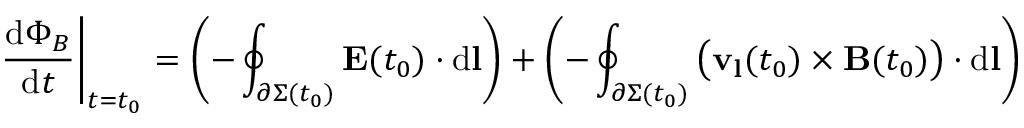
\left. { \frac { \mathrm { d } \Phi _ { B } } { \mathrm { d } t } } \right| _ { t = t _ { 0 } } = \left( - \oint _ { \partial \Sigma ( t _ { 0 } ) } \mathbf { E } ( t _ { 0 } ) \cdot \mathrm { d } \mathbf { l } \right) + \left( - \oint _ { \partial \Sigma ( t _ { 0 } ) } { \bigl ( } \mathbf { v } _ { \mathbf { l } } ( t _ { 0 } ) \times \mathbf { B } ( t _ { 0 } ) { \bigr ) } \cdot \mathrm { d } \mathbf { l } \right)